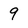
Character: 9